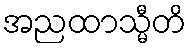
အညထာသ္မီတိ